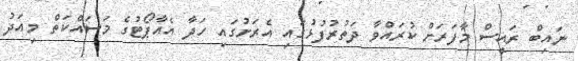
ނައިބް ރައީސް މާފަރަށް ކުރައްވާ ދަތުރުފުޅުގައި އެރަށުގައި ހަދާ އެއާޕޯޓުގެ މަސައްކަތް މިއަދު